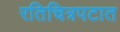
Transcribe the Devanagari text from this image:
रतिचित्रपटात